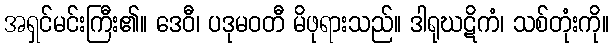
အရှင်မင်းကြီး၏။ ဒေဝီ၊ ပဒုမဝတီ မိဖုရားသည်။ ဒါရုဃဋိကံ၊ သစ်တုံးကို။